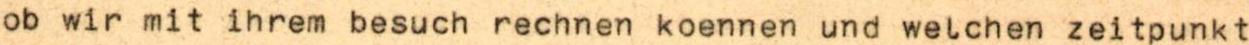
ob wir mit ihrem besuch rechnen koennen und welchen zeitpunkt